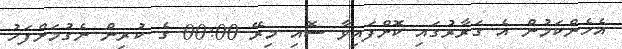
އެހެންކަމުން އެ ގަރާރުގައި ކޮށްފައިވާ ސޮއި މިރޭ 00:00 ގެ ކުރިން ނެގުމަށްފަހު